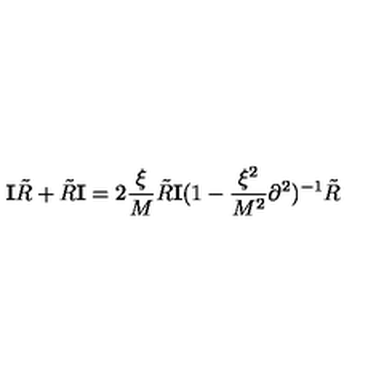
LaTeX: { \mathbf I } { \tilde { R } } + { \tilde { R } } { \mathbf I } = 2 \frac { \xi } { M } { \tilde { R } } { \mathbf I } ( 1 - \frac { \xi ^ { 2 } } { M ^ { 2 } } \partial ^ { 2 } ) ^ { - 1 } { \tilde { R } }